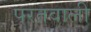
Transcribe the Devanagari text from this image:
परतवाली